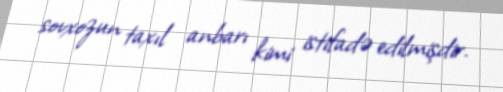
sovxozun taxıl anbarı kimi istifadə edilmişdir.